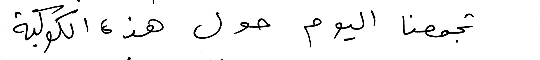
تجمعنا اليوم حول هذه الكوكبة